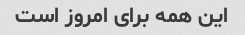
این همه برای امروز است